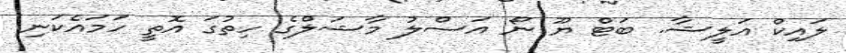
ލައިކް އަލީޝާ. ބަޓް ޔޫ ނޯ އަސްލު މާޝަލްގެ ހިތުގަ އޮތީ ހަމައެކަނި